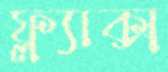
ফ্ল্যাক্স